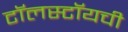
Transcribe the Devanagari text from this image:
टॉलस्टॉयची